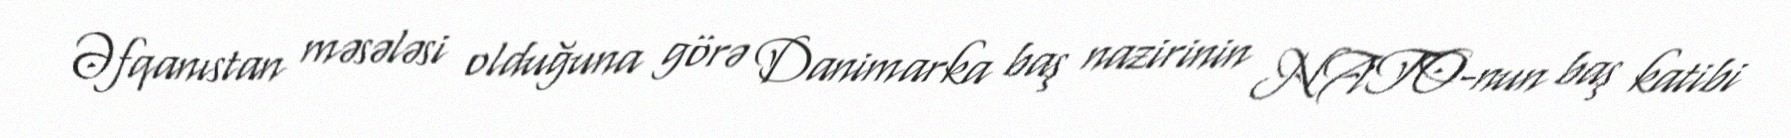
Əfqanıstan məsələsi olduğuna görə Danimarka baş nazirinin NATO-nun baş katibi